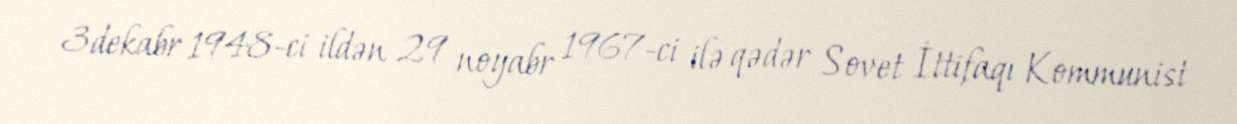
3 dekabr 1948-ci ildən 29 noyabr 1967-ci ilə qədər Sovet İttifaqı Kommunist